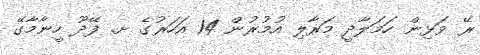
ރޭ ވަޅިން ހަމަލާދީ މަރާލި އުމުރުން 14 އަހަރުގެ ށ. ފޭދޫ ހީނާމާގޭ